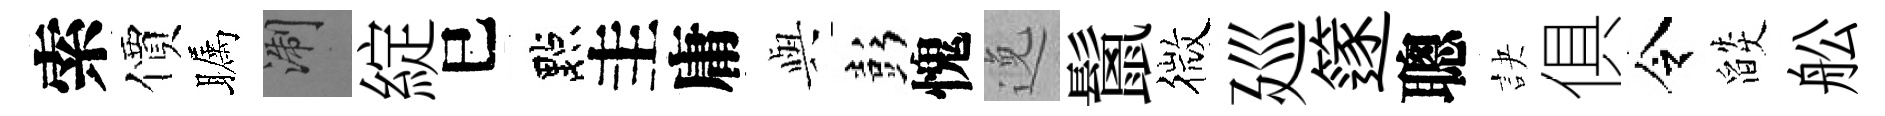
索價瞩浙綻巳點圭庸𫤰彭愧𨓜鬛微廵篴聰訣俱令燄舩